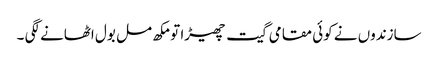
سازندوں نے کوئی مقامی گیت چھیڑا تو مکھ مل بول اٹھانے لگی ۔